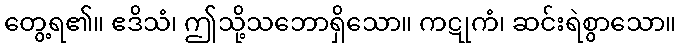
တွေ့ရ၏။ ဧဒိသံ၊ ဤသို့သဘောရှိသော။ ကဋုကံ၊ ဆင်းရဲစွာသော။